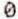
0